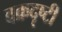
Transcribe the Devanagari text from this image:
वक्रदृष्टी